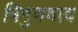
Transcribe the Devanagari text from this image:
त्रिगुणवाद